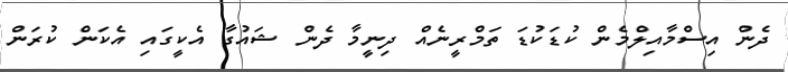
ދެން އިސްމާއިލްމެން ކުޑަކުޑަ ތަމްރީނެއް ދިނީމާ ދެން ޝައުގާ އެކީގައި އެކަން ކުރަން